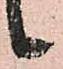
候